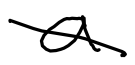
Text: a
Cross-out: diagonal
Writing tool: digital_black